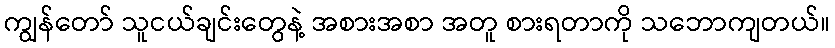
ကျွန်တော် သူငယ်ချင်းတွေနဲ့ အစားအစာ အတူ စားရတာကို သဘောကျတယ်။